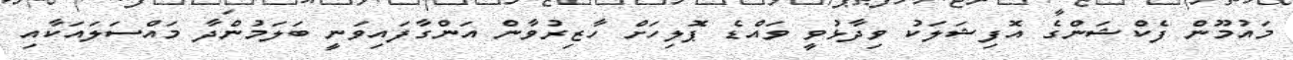
މައުމޫން ފެކްޝަންގެ އޮފިޝަލަކު ވިދާޅުވީ ވައްޑެ ޕޮލިހަށް ހާޒިރުވާން އަންގާފައިވަނީ ބަލަމުންދާ މައްސަލައަކާއި